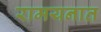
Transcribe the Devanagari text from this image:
रामयनात